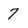
Character: 7